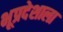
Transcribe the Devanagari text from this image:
भूप्रदेशाला